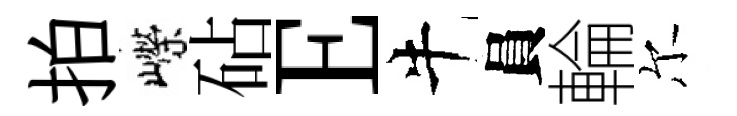
拍嶸砧E牛員輪尔